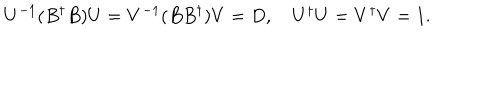
LaTeX: U ^ { - 1 } ( B ^ { \dagger } B ) U = V ^ { - 1 } ( B B ^ { \dagger } ) V = D , \quad U ^ { \dagger } U = V ^ { \dagger } V = 1 .